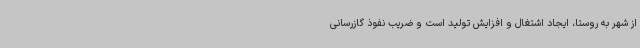
از شهر به روستا، ایجاد اشتغال و افزایش تولید است و ضریب نفوذ گازرسانی